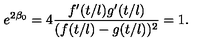
e ^ { 2 \beta _ { 0 } } = 4 \frac { f ^ { \prime } ( t / l ) g ^ { \prime } ( t / l ) } { ( f ( t / l ) - g ( t / l ) ) ^ { 2 } } = 1 .